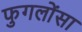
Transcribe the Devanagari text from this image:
फुगलोंसा